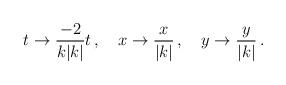
LaTeX: \begin{align*}t \to {\frac {-2} {k|k|}}t \, , \, \, \, \, \, \, x \to {\frac {x} {|k|}}\, , \, \, \, \, \, \, y \to {\frac {y} {|k|}}\, .\end{align*}